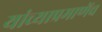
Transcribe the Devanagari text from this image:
यांच्याप्रमाणेंच